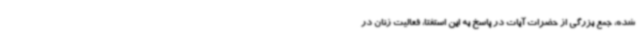
شده، جمع بزرگی از حضرات آیات در پاسخ به این استفتا، فعالیت زنان در